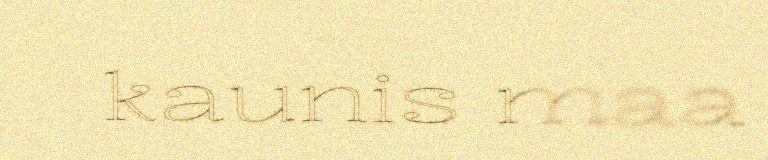
kaunis maa